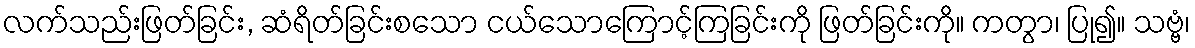
လက်သည်းဖြတ်ခြင်း, ဆံရိတ်ခြင်းစသော ငယ်သောကြောင့်ကြခြင်းကို ဖြတ်ခြင်းကို။ ကတွာ၊ ပြု၍။ သဗ္ဗံ၊